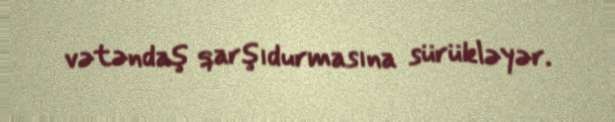
vətəndaş qarşıdurmasına sürükləyər.